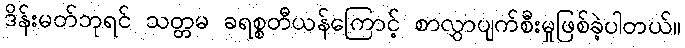
ဒိန်းမတ်ဘုရင် သတ္တမ ခရစ္စတီယန်ကြောင့် စာလွှာပျက်စီးမှုဖြစ်ခဲ့ပါတယ်။